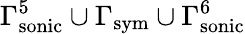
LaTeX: \Gamma_{\mathrm{sonic}}^{5}\cup\Gamma_{\mathrm{sym}}\cup\Gamma_{\mathrm{sonic}}^{6}